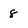
Character: 8